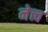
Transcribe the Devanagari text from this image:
नेत्त्व